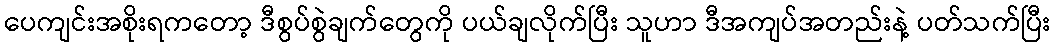
ပေကျင်းအစိုးရကတော့ ဒီစွပ်စွဲချက်တွေကို ပယ်ချလိုက်ပြီး သူဟာ ဒီအကျပ်အတည်းနဲ့ ပတ်သက်ပြီး